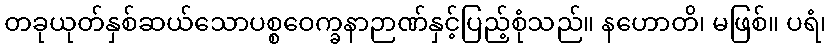
တခုယုတ်နှစ်ဆယ်သောပစ္စဝေက္ခနာဉာဏ်နှင့်ပြည့်စုံသည်။ နဟောတိ၊ မဖြစ်။ ပရံ၊